Lunatic asylums in Bengal annual reports 1912-1924 - 1912-1924
Year: 1912
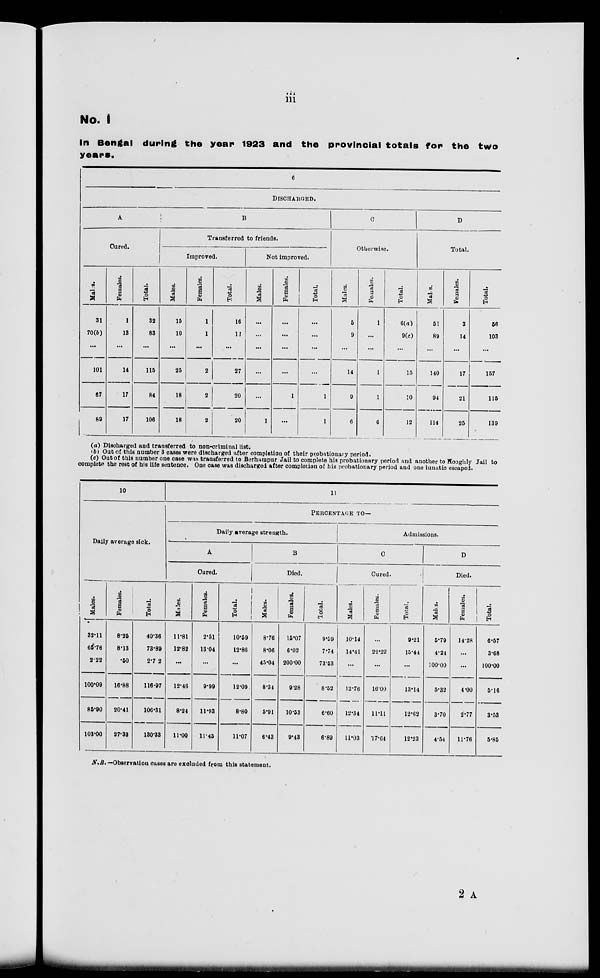
iii
No. I
in Bengal during the year 1923 and the provincial totals for the two
years.
6
DISCHARGED.
A
Cured.
Males.
31
70(b)
...
101
67
89
Females.
1
13
...
14
17
17
Total.
32
83
...
116
84
106
B
Transferred to friends.
Improved.
Males.
15
10
...
25
18
18
Females.
1
1
...
2
2
2
Total.
16
11
...
27
20
,0
Not improved.
Males.
...
...
...
...
...
1
Females.
...
...
...
...
1
...
Total.
...
...
...
......
1
1
C
Otherwise.
Males.
5
9
...
14
9
6
Females.
1
...
...
1
1
6
Total.
6(a)
9(c)
...
15
10
12
D
Total.
Males.
51
89
...
140
94
114
Females.
3
14
...
17
21
25
Total.
56
103
...
157
115
139
(a) Discharged and transferred to non-criminal list.
(b) Out of this number 3 cases were discharged after completion of their probationary period.
(c) Out of this number one case was transferred to Berhampur Jail to complete his probationary period and another to Hooghly Jail to
complete the rest of his life sentence. One case was discharged after completion of his probationary period and one lunatic escaped.
10
Daily average sick.
Males.
32.11
65.76
2.22
100.09
85.90
103.00
Females.
8.25
8.13
.50
16.88
20.41
27.33
Total.
40.36
73.89
2.7 2
116.97
106.31
130.33
11
PERCENTAGE
TO—
Daily average strength.
A
Cured.
Males.
11.81
12.82
...
12.46
8.24
11.00
Females.
2.51
13.04
...
9.99
11.93
11.45
Total.
10.59
12.86
...
12.09
8.80
11.07
B
Died.
Males.
8.76
8.06
45.04
8.34
5.91
6.43
Females.
15.07
6.02
200.00
9.28
10.53
9.43
Total.
9.09
7.74
73.53
8.52
6.60
6.89
Admissions.
C
Cured.
Males.
10.14
14.41
...
12.76
12.34
11.03
Females.
...
22.22
...
16.00
11.11
17.64
Total.
9.21
15.44
...
13.14
12.62
12.23
D
Died.
Males.
5.79
4.24
100.00
5.32
3.70
4.54
Females.
14.28
...
...
4.00
2.77
11.76
Total.
6.57
3.68
100.00
5.16
3.58
5.85
N.B.–Observation cases are excluded from this statement.
2 A